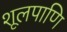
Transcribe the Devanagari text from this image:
शूलपाणि